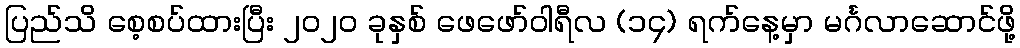
ပြည်သိ စေ့စပ်ထားပြီး ၂၀၂၀ ခုနှစ် ဖေဖော်ဝါရီလ (၁၄) ရက်နေ့မှာ မင်္ဂလာဆောင်ဖို့